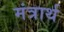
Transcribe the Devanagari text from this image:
मंत्रार्थ